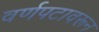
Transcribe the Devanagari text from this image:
वर्णपटावरून